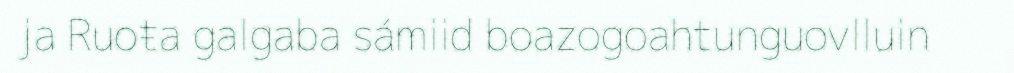
ja Ruoŧa galgaba sámiid boazogoahtunguovlluin